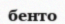
бенто